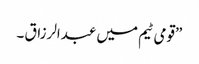
”قومی ٹیم میں عبدالرزاق ۔